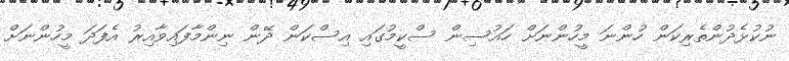
ނުކުޅެދުންތެރިކަން ހުންނަ މީހުންނަށް ހައުސިން ސްކީމުގައި އިސްކަން ދޭން ނިންމާފައިވާއިރު އެފަދަ މީހުންނަށް